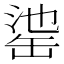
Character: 𦈳